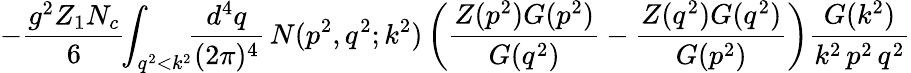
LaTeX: -\frac{g^{2}Z_{1}N_{c}}{6}\! \! \int_{q^{2}<k^{2}}\! \! \frac{d^{4}q}{(2\pi)^{4}}\, N(p^{2},q^{2};k^{2})\left(\frac{Z(p^{2})G(p^{2})}{G(q^{2})}-\frac{Z(q^{2})G(q^{2})}{G(p^{2})}\right)\frac{G(k^{2})}{k^{2}\, p^{2}\, q^{2}}